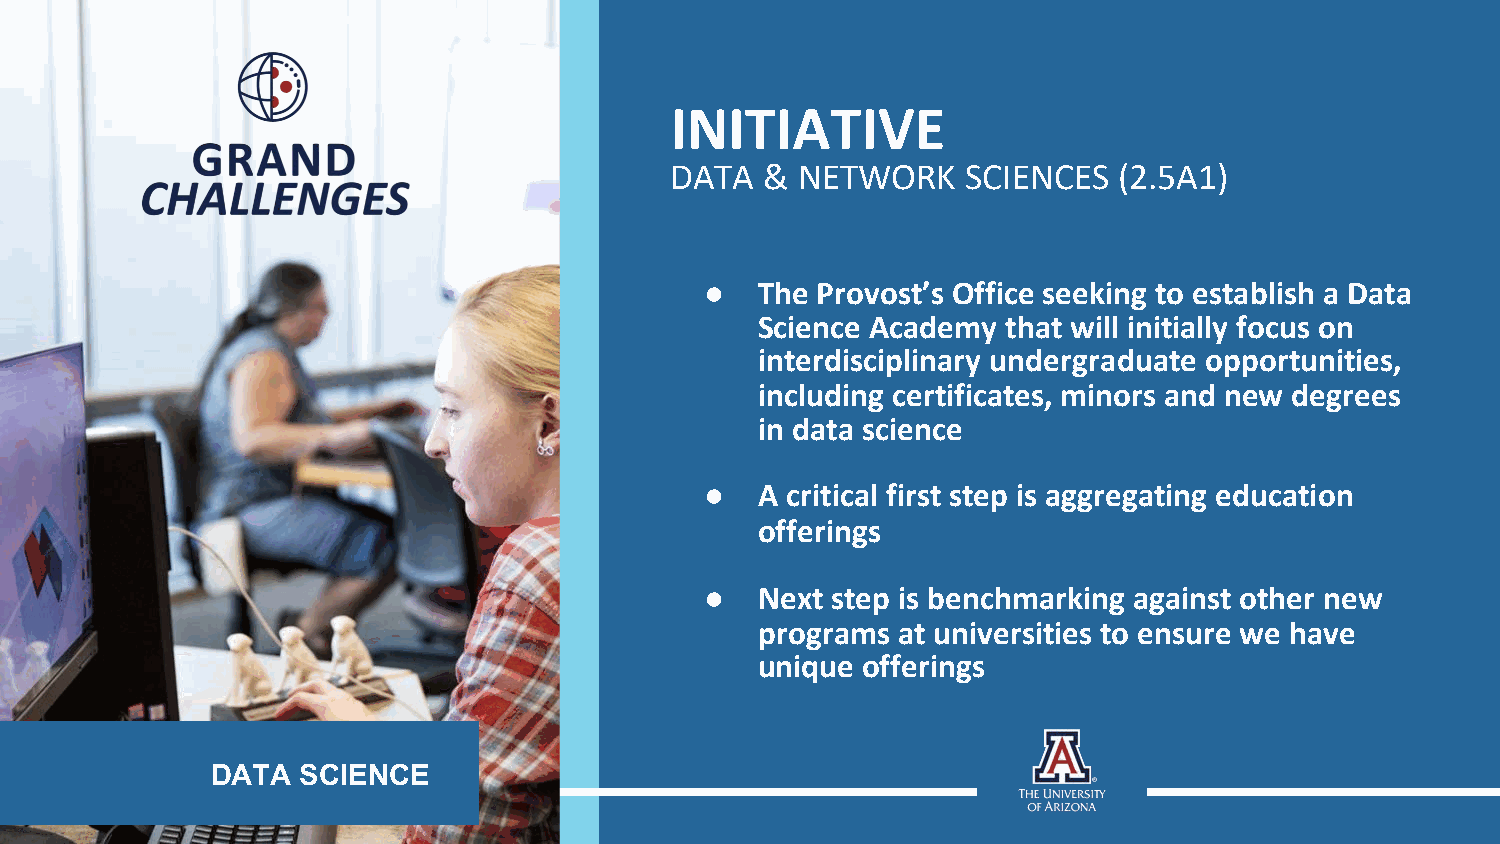
INITIATIVE
 DATA   & NETWORK    SCIENCES  (2.5A1)
 ●  The Provost’s Office seeking to establish a Data
 Science Academy  that will initially focus on
 interdisciplinary undergraduate opportunities,
 including certificates, minors and new degrees
 in data science
 ●  A critical first step is aggregating education
 offerings
 ●  Next step is benchmarking against other new
 programs at universities to ensure we have
 unique offerings
 DATA  SCIENCE